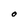
Character: O